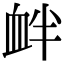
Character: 衅